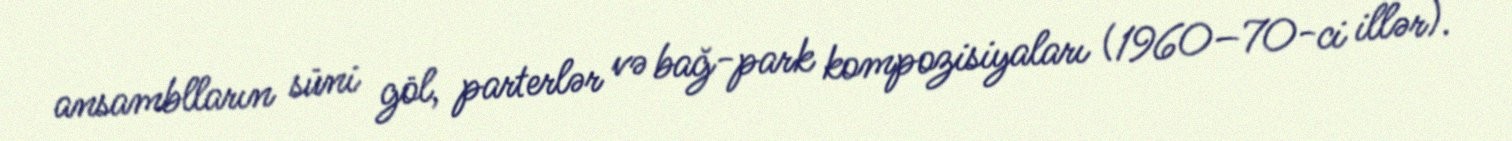
ansamblların süni göl, parterlər və bağ-park kompozisiyaları (1960–70-ci illər).